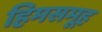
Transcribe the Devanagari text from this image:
हिमसमूह